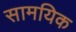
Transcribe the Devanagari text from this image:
सामयिक